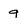
Character: q